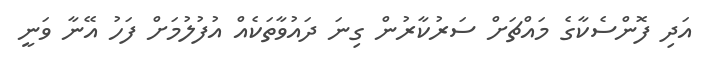
އަދި ފޮންސެކާގެ މައްޗަށް ސަރުކާރުން ގިނަ ދައުވާތަކެއް އުފުލުމަށް ފަހު އޭނާ ވަނީ